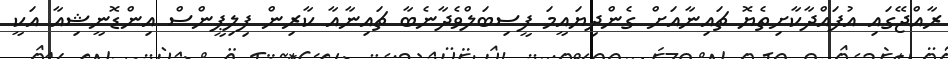
ރާއްޖޭގައި އުފައްދާކާށިތެޔޮ ޗައިނާއަށް ގެންދިޔައީމަ ފީސިބަލްވެދާނެބާ ޗައިނާއާ ކާރިން ފިލިޕީންސް އިންޑޮނީޝިއާ އަކީ